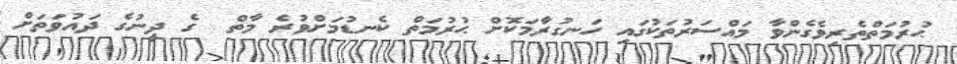
ޙުރުމަތްތެރިވެގެންވާ މައްސަރުތަކުގައި ހަނގުރާމަކޮށް ޙުރުމަތް ކެނޑުމަށްވުރެ މާތް  ގެ ދީނުގެ ދައުވަތަށް